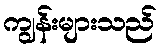
ကျွန်းများသည်